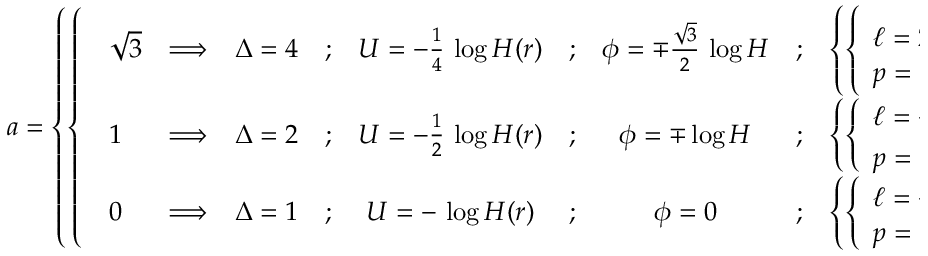
a = \left\{ \left\{ \begin{array} { l l } { { { \begin{array} { l c c c c c c c l } { { \sqrt { 3 } } } & { { \Longrightarrow } } & { { \Delta = 4 } } & { { ; } } & { { U = - \frac { 1 } { 4 } \, \log H ( r ) } } & { { ; } } & { { \phi = \mp \frac { \sqrt { 3 } } { 2 } \, \log H } } & { { ; } } & { { \left\{ \left\{ \begin{array} { l l } { { \ell = 2 \, r ^ { 3 } \, \frac { d } { d r } H ^ { - \frac { 1 } { 2 } } } } \\ { { p = - k } } \end{array} \right. \right. } } \\ { { 1 } } & { { \Longrightarrow } } & { { \Delta = 2 } } & { { ; } } & { { U = - \frac { 1 } { 2 } \, \log H ( r ) } } & { { ; } } & { { \phi = \mp \log H } } & { { ; } } & { { \left\{ \left\{ \begin{array} { l l } { { \ell = - 2 \, r ^ { 3 } \, \frac { d } { d r } H ^ { - 1 } } } \\ { { p = - 2 \sqrt { 2 } \, k } } \end{array} \right. \right. } } \\ { { 0 } } & { { \Longrightarrow } } & { { \Delta = 1 } } & { { ; } } & { { U = - \, \log H ( r ) } } & { { ; } } & { { \phi = 0 } } & { { ; } } & { { \left\{ \left\{ \begin{array} { l l } { { \ell = - 2 \, r ^ { 3 } \, \frac { d } { d r } H } } \\ { { p = - 4 \, k } } \end{array} \right. \right. } } \end{array} } } } \end{array} \right. \right.